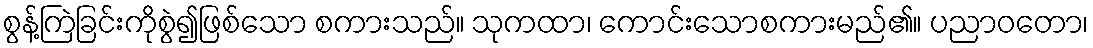
စွန့်ကြဲခြင်းကိုစွဲ၍ဖြစ်သော စကားသည်။ သုကထာ၊ ကောင်းသောစကားမည်၏။ ပညာဝတော၊